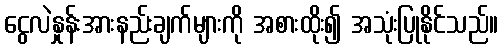
ငွေလဲနှုန်းအားနည်းချက်များကို အစားထိုး၍ အသုံးပြုနိုင်သည်။